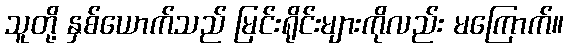
သူတို့ နှစ်ယောက်သည် မြင်းရိုင်းများကိုလည်း မကြောက်။